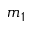
m _ { 1 }